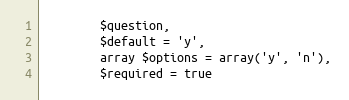
Language: PHP
        $question,
        $default = 'y',
        array $options = array('y', 'n'),
        $required = true